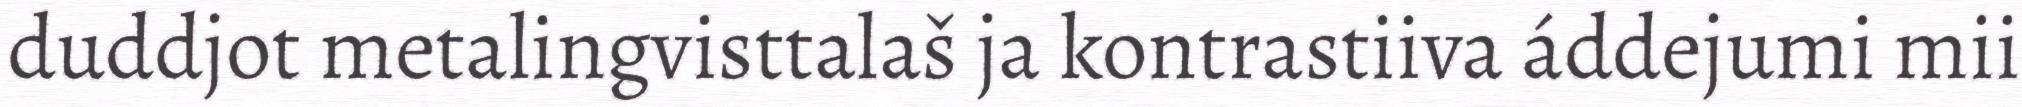
duddjot metalingvisttalaš ja kontrastiiva áddejumi mii